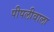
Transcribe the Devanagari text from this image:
पीपलीवाला